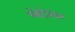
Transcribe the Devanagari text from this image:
प्लेटोनंतर